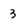
Character: 3